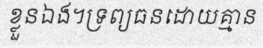
ខ្លួនឯង។ទ្រព្យធនដោយគ្មាន